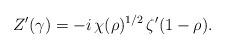
LaTeX: \begin{align*}Z'(\gamma) = -i\,\chi(\rho)^{1/2} \, \zeta'(1-\rho).\end{align*}